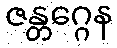
ဇန္တဂ္ဂေန